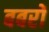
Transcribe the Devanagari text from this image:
बबरों